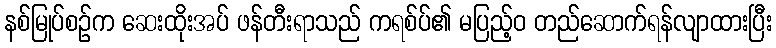
နစ်မြုပ်စဉ်က ဆေးထိုးအပ် ဖန်တီးရာသည် ကရစ်ပ်၏ မပြည့်ဝ တည်ဆောက်ရန်လျာထားပြီး